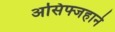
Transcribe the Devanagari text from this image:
असिफ्जहाने